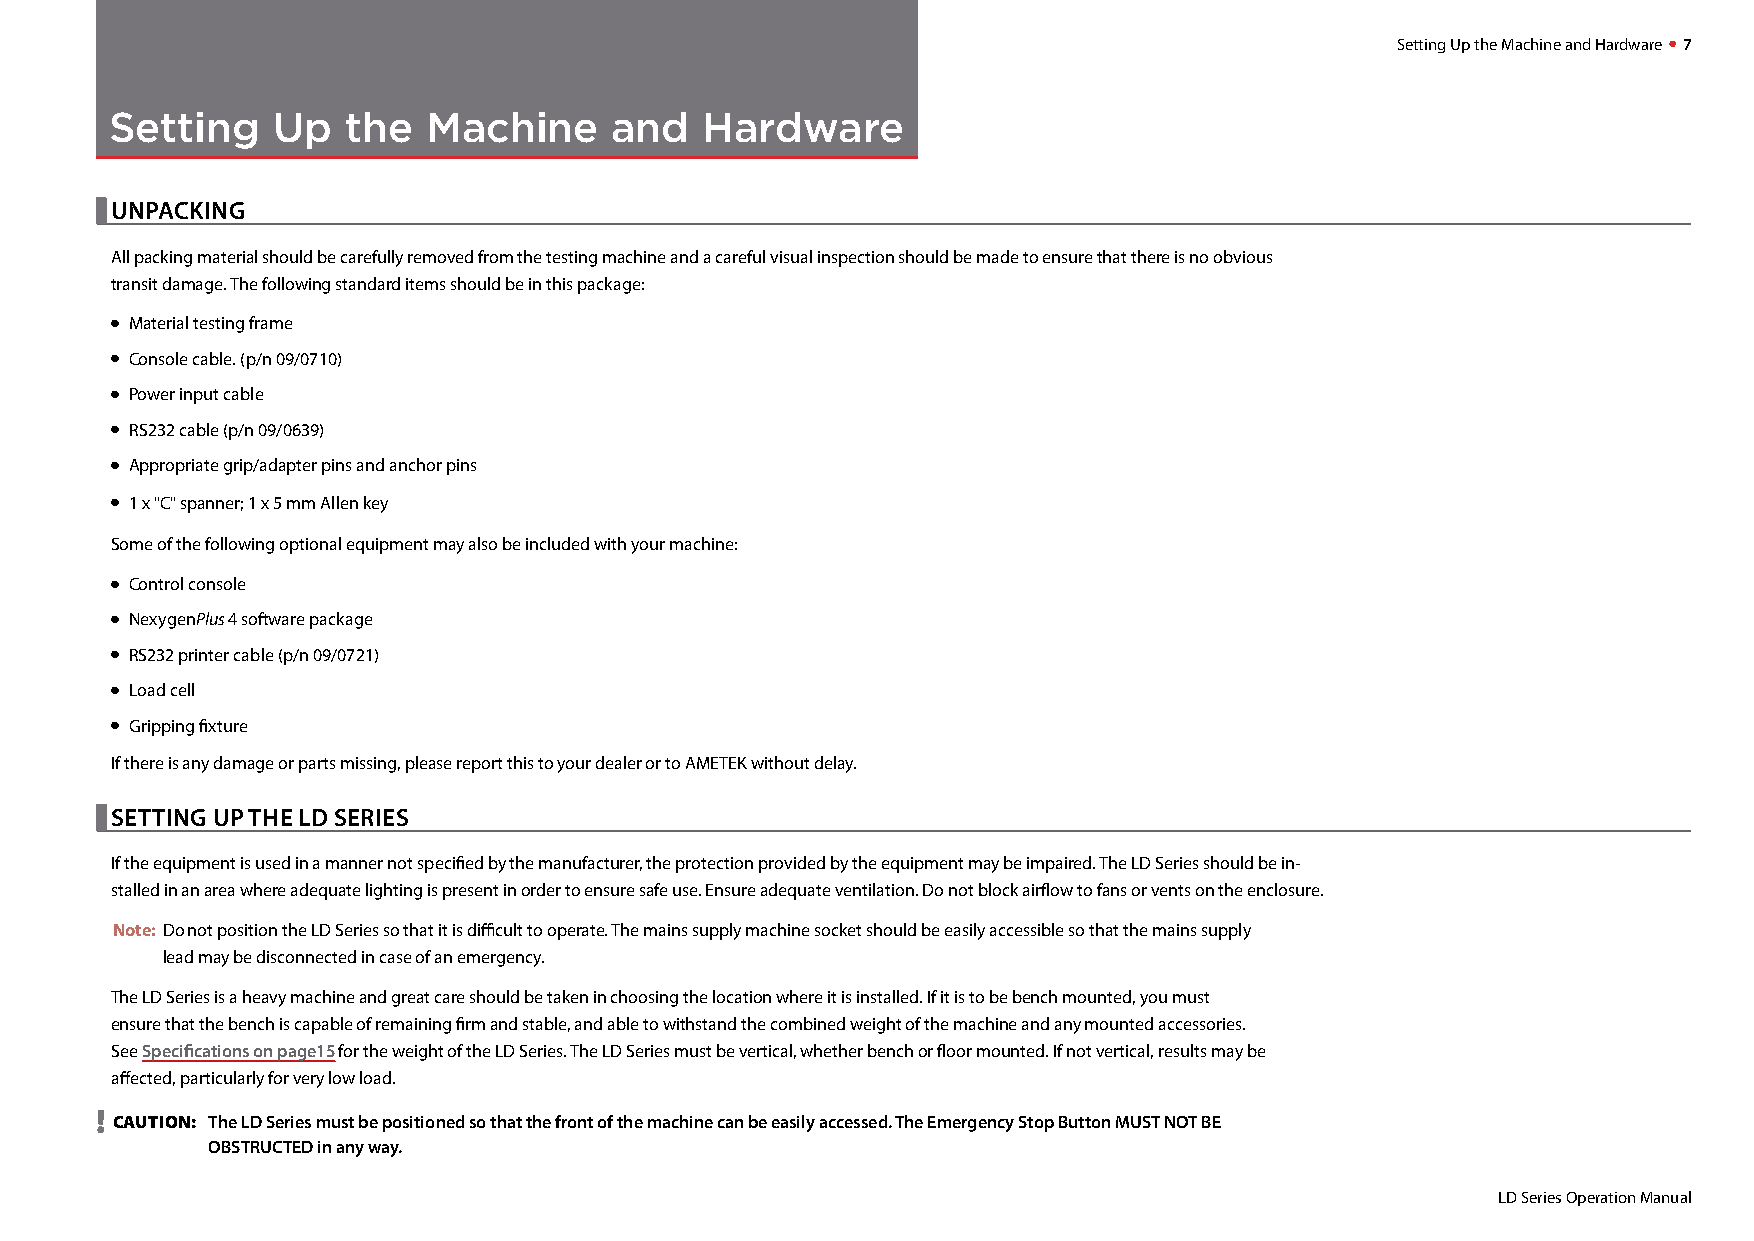
Setting Up the Machine and Hardware  7
 Setting    Up   the  Machine      and   Hardware
 
 UNPACKING
 All packing material should be carefully removed from the testing machine and a careful visual inspection should be made to ensure that there is no obvious
 transit damage. The following standard items should be in this package:
 •
 Material testing frame
 •
 Console cable. (p/n 09/0710)
 •
 Power input cable
 •
 RS232 cable (p/n 09/0639)
 •
 Appropriate grip/adapter pins and anchor pins
 •
 1 x "C" spanner; 1 x 5 mm Allen key
 Some of the following optional equipment may also be included with your machine:
 •
 Control console
 •
 NexygenPlus 4 software package
 •
 RS232 printer cable (p/n 09/0721)
 •
 Load cell
 •
 Gripping fixture
 If there is any damage or parts missing, please report this to your dealer or to AMETEK without delay.
 
 SETTING UP THE LD SERIES
 If the equipment is used in a manner not specified by the manufacturer, the protection provided by the equipment may be impaired. The LD Series should be in-
 stalled in an area where adequate lighting is present in order to ensure safe use. Ensure adequate ventilation. Do not block airflow to fans or vents on the enclosure.
 Note: Do not position the LD Series so that it is difficult to operate. The mains supply machine socket should be easily accessible so that the mains supply
 lead may be disconnected in case of an emergency.
 The LD Series is a heavy machine and great care should be taken in choosing the location where it is installed. If it is to be bench mounted, you must
 ensure that the bench is capable of remaining firm and stable, and able to withstand the combined weight of the machine and any mounted accessories.
 See Specifications on page15 for the weight of the LD Series. The LD Series must be vertical, whether bench or floor mounted. If not vertical, results may be
 affected, particularly for very low load.
 !
 CAUTION: The LD Series must be positioned so that the front of the machine can be easily accessed. The Emergency Stop Button MUST NOT BE
 OBSTRUCTED in any way.
 LD Series Operation Manual